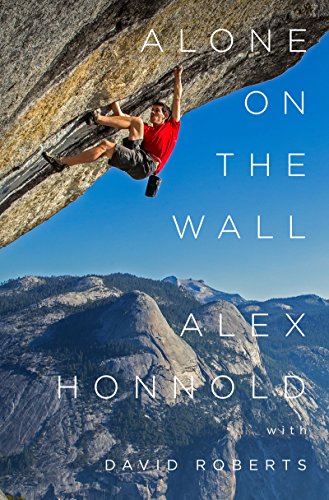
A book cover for Alone on the Wall; Alex Honnold; Biographies & Memoirs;